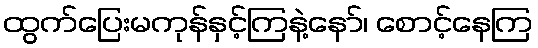
ထွက်ပြေးမကုန်နှင့်ကြနဲ့နော်၊ စောင့်နေကြ